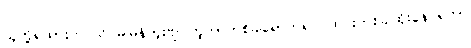
သူတို့ရထားက သိပ်မမြန်ဘူးဗျ၊ ဘူတာတစ်ခါရောက်ရင် ထင်းတစ်ခါထိုးနေ ရတာ